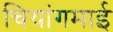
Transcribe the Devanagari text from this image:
चियांगमाई